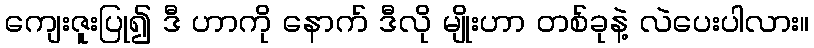
ကျေးဇူးပြု၍ ဒီ ဟာကို နောက် ဒီလို မျိုးဟာ တစ်ခုနဲ့ လဲပေးပါလား။